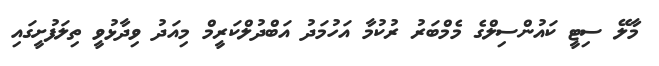
މާލޭ ސިޓީ ކައުންސިލްގެ މެމްބަރު ރުކުމާ އަހުމަދު އަބްދުލްކަރީމް މިއަދު ވިދާޅުވީ ތިލަފުށީގައި